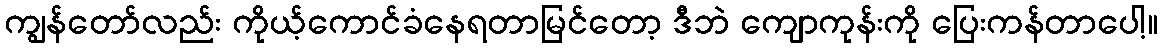
ကျွန်တော်လည်း ကိုယ့်ကောင်ခံနေရတာမြင်တော့ ဒီဘဲ ကျောကုန်းကို ပြေးကန်တာပေါ့။